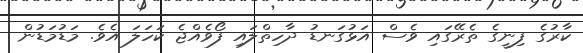
ކާރުގެ ފިނީގެ ތެރޭގައި ވެސް އަޅުގަނޑު ދާހިތްލައި ފޯވެއްޖެ ކަހަލަ އެވެ. މަޑުމަޑުން